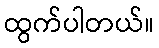
ထွက်ပါတယ်။